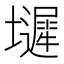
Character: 𫮼